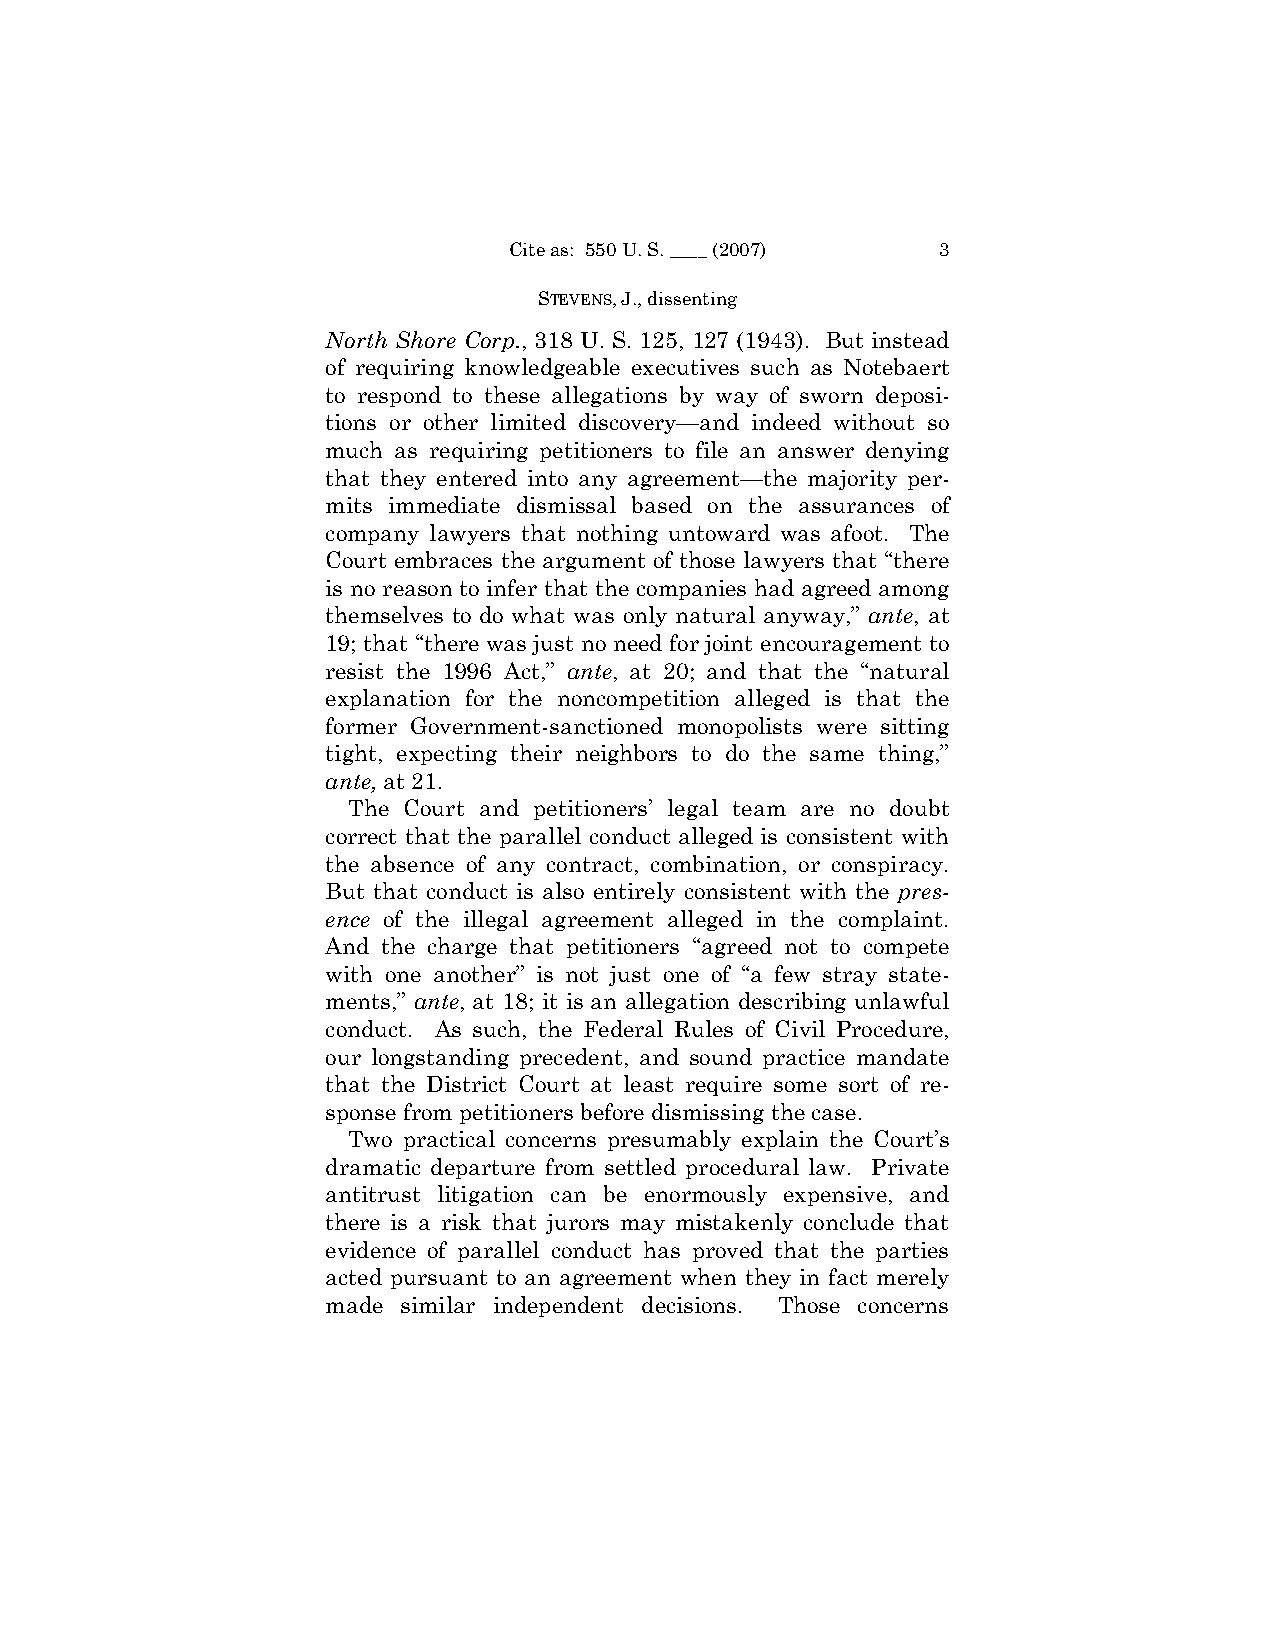
Cite as: 550 U. S. ____ (2007) 3
 STEVENS, J., dissenting
 North Shore Corp., 318 U. S. 125, 127 (1943). But instead
 of requiring knowledgeable executives such as Notebaert
 to respond to these allegations by way of sworn deposi-
 tions or other limited discovery—and indeed without so
 much as requiring petitioners to file an answer denying
 that they entered into any agreement—the majority per-
 mits immediate dismissal based on the assurances of
 company lawyers that nothing untoward was afoot. The
 Court embraces the argument of those lawyers that “there
 is no reason to infer that the companies had agreed among
 themselves to do what was only natural anyway,” ante, at
 19; that “there was just no need for joint encouragement to
 resist the 1996 Act,” ante, at 20; and that the “natural
 explanation for the noncompetition alleged is that the
 former Government-sanctioned monopolists were sitting
 tight, expecting their neighbors to do the same thing,”
 ante, at 21.
 The Court and petitioners’ legal team are no doubt
 correct that the parallel conduct alleged is consistent with
 the absence of any contract, combination, or conspiracy.
 But that conduct is also entirely consistent with the pres-
 ence of the illegal agreement alleged in the complaint.
 And the charge that petitioners “agreed not to compete
 with one another” is not just one of “a few stray state-
 ments,” ante, at 18; it is an allegation describing unlawful
 conduct. As such, the Federal Rules of Civil Procedure,
 our longstanding precedent, and sound practice mandate
 that the District Court at least require some sort of re-
 sponse from petitioners before dismissing the case.
 Two practical concerns presumably explain the Court’s
 dramatic departure from settled procedural law. Private
 antitrust litigation can be enormously expensive, and
 there is a risk that jurors may mistakenly conclude that
 evidence of parallel conduct has proved that the parties
 acted pursuant to an agreement when they in fact merely
 made similar independent decisions. Those concerns